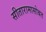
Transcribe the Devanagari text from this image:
सीतारामासोबत